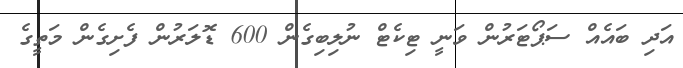
އަދި ބައެއް ސަޕޯޓަރުން ވަނީ ޓިކެޓް ނުލިބިގެން 600 ޑޮލަރުން ފެށިގެން މަތީގެ